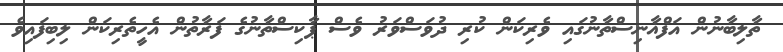
ތާލިބާނުން އަފްޣާނިސްތާނުގައި ވެރިކަން ކުރި ދުވަސްވަރު ވެސް ޕާކިސްތާނުގެ ފަރާތުން އެހީތެރިކަން ލިބިފައިވެ